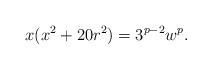
LaTeX: \begin{align*}x(x^2+20r^2) = 3^{p-2}w^p.\end{align*}